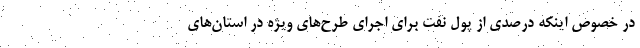
در خصوص اینکه درصدی از پول نفت برای اجرای طرح‌های ویژه در استان‌های